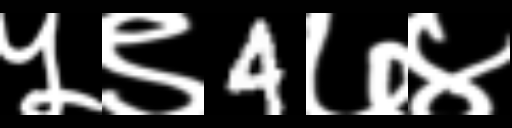
Text: ५९4७४